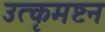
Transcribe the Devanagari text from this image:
उत्कृमष्टन